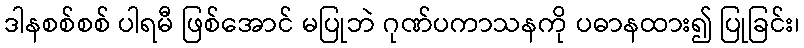
ဒါနစစ်စစ် ပါရမီ ဖြစ်အောင် မပြုဘဲ ဂုဏ်ပကာသနကို ပဓာနထား၍ ပြုခြင်း၊